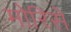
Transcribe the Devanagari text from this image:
मोरिसे